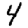
Digit: 4